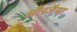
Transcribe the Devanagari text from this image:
औरजैसा